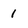
Character: 1